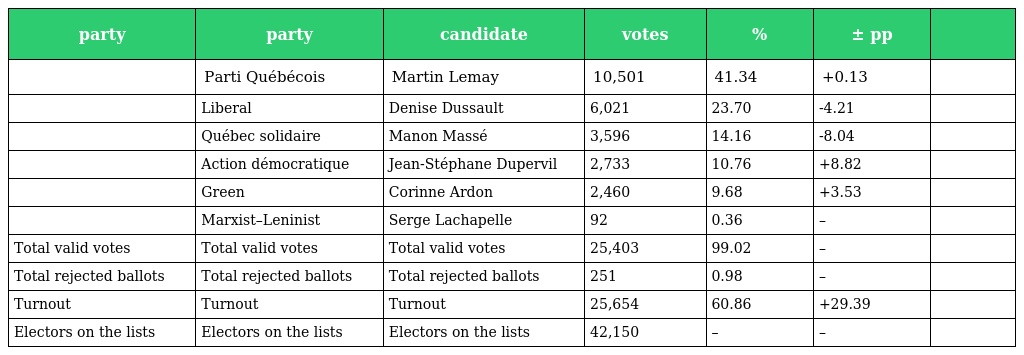
| party | party | candidate | votes | % | ± pp |  |
 | --- | --- | --- | --- | --- | --- | --- |
 |  | Parti Québécois | Martin Lemay | 10,501 | 41.34 | +0.13 |  |
 |  | Liberal | Denise Dussault | 6,021 | 23.70 | -4.21 |  |
 |  | Québec solidaire | Manon Massé | 3,596 | 14.16 | -8.04 |  |
 |  | Action démocratique | Jean-Stéphane Dupervil | 2,733 | 10.76 | +8.82 |  |
 |  | Green | Corinne Ardon | 2,460 | 9.68 | +3.53 |  |
 |  | Marxist–Leninist | Serge Lachapelle | 92 | 0.36 | – |  |
 | Total valid votes | Total valid votes | Total valid votes | 25,403 | 99.02 | – |  |
 | Total rejected ballots | Total rejected ballots | Total rejected ballots | 251 | 0.98 | – |  |
 | Turnout | Turnout | Turnout | 25,654 | 60.86 | +29.39 |  |
 | Electors on the lists | Electors on the lists | Electors on the lists | 42,150 | – | – |  |